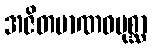
အဇိတမာဏဝပုစ္ဆာ